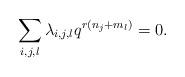
LaTeX: \begin{align*}\sum_{i,j,l} \lambda_{i,j,l}q^{r(n_{j}+m_{l})}=0.\end{align*}